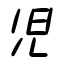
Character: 児